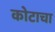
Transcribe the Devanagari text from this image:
कोटाचा